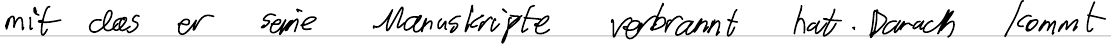
mit das er seine Manuskripte verbrannt hat. Danach kommt